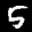
Label: 5